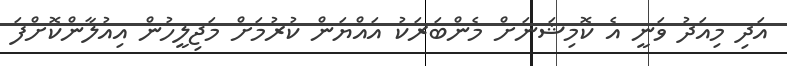
އަދި މިއަދު ވަނީ އެ ކޮމިޝަނަށް މެންބަރަކު އައްޔަން ކުރުމަށް މަޖިލީހުން އިއުލާންކޮށްފަ